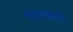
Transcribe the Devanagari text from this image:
सलकड़ी